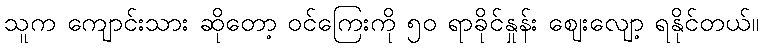
သူက ကျောင်းသား ဆိုတော့ ဝင်ကြေးကို ၅၀ ရာခိုင်နှုန်း ဈေးလျော့ ရနိုင်တယ်။